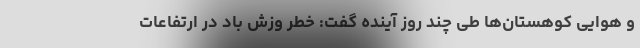
و هوایی کوهستان‌ها طی چند روز آینده گفت: خطر وزش باد در ارتفاعات